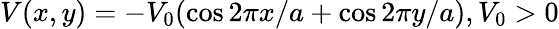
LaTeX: V(x,y)=-V_{0}(\cos 2\pi x/a+\cos 2\pi y/a),V_{0}>0